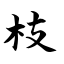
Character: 枝